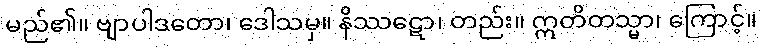
မည်၏။ ဗျာပါဒတော၊ ဒေါသမှ။ နိဿဋော၊ တည်း။ ဣတိတသ္မာ၊ ကြောင့်။